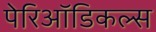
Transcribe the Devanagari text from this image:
पेरिऑडिकल्स